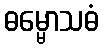
ဓမ္မောသဓံ